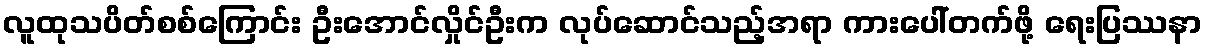
လူထုသပိတ်စစ်ကြောင်း ဦးအောင်လှိုင်ဦးက လုပ်ဆောင်သည့်အရာ ကားပေါ်တက်ဖို့ ရေးပြဿနာ